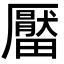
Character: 𤳪